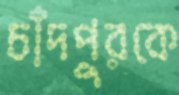
চাঁদপুরকে